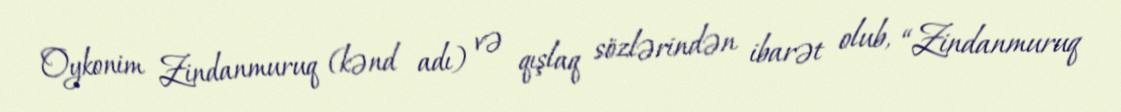
Oykonim Zindanmuruq (kənd adı) və qışlaq sözlərindən ibarət olub, “Zindanmuruq